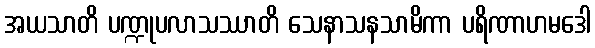
အယသာတိ ပဏ္ဍုပလာသဿာတိ သေနာသနသာမိကာ ပရိဏာဟမဒေါ